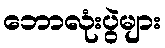
ဘောလုံးပွဲများ